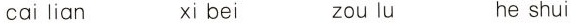
cai lian xi bei zou lu he shui